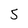
Character: 5